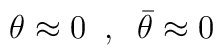
\theta \approx 0\;\;,\;\;\bar \theta \approx 0